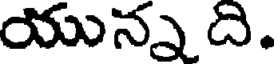
యున్న ది.